Report on vaccination in Madras 1904-1921 - 1904-1921
Year: 1904
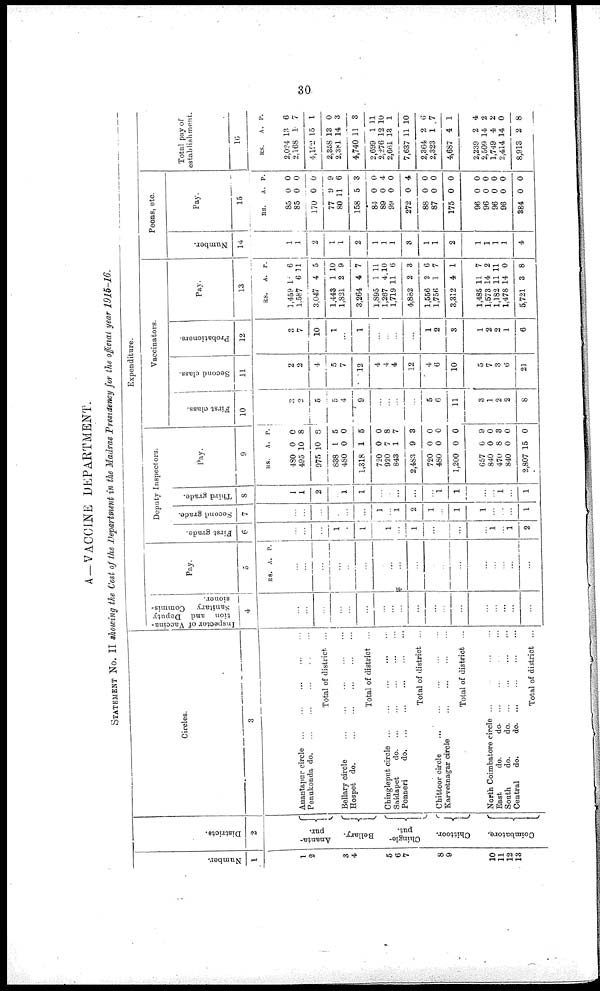
30
A—VACCINE DEPARTMENT.
STATEMENT No. II showing the Cost of the Department in the Madras Presidency for the official year 1915-16.
Number.
1
1
2
3
4
5
6
7
8
9
10
11
12
13
Districts.
2
Ananta-
pur.
Bellary.
Chingle-
put.
Chittoor.
Coimbatore.
Circles.
3
Anantapur circle ... ... ... ... ...
Penukonda do. ... ... ... ... ... ...
Total of district. ...
Bellary circle
...
...
...
...
...
Hospet do.
...
...
...
...
...
Total of district ...
Chingleput circle
...
...
...
...
...
Saidapet
do. ... ... ... ... ...
Ponneri
d
o
. ... ... ... ... ...
Total of district ...
Chittoor circle ... ... ... ... ...
Karvetnagar circle ... ... ... ...
Total of district ...
North Coimbatore circle
...
...
...
...
East
do.
d
o
. ... ... ... ...
South
do.
d
o
. ... ... ... ...
Central
do.
d
o
. ... ... ... ...
Total of district ...
Expenditure.
Inspector of Vaccina-
tion and Deputy
Sanitary Commis-
sioner.
4
...
...
...
...
...
...
...
...
...
...
...
...
...
...
...
...
...
...
Pay.
5
RS. A. P.
...
...
...
...
...
...
...
...
...
...
...
...
...
...
...
...
...
...
Deputy Inspectors.
First grade.
6
...
...
...
1
...
1
...
1
...
1
...
...
...
...
1
...
1
2
Second grade.
7
...
...
...
...
...
...
1
...
1
2
1
...
1
1
...
...
...
1
Third grade.
8
1
1
2
...
1
1
...
...
...
...
...
1
1
...
...
1
...
1
Pay.
9
RS.
480
495
975
838
480
1,318
720
920
843
2,483
720
480
1,200
657
840
470
840
2,807
A.
0
10
10
1
0
1
0
7
1
9
0
0
0
6
0
8
0
15
P.
0
8
8
5
0
5
0
8
7
3
0
0
0
9
0
3
0
0
Vaccinators.
First class.
10
3
2
5
5
4
9
...
...
...
...
5
6
11
3
1
2
2
8
Second class.
11
2
2
4
5
7
12
4
4
4
12
4
6
10
5
7
3
6
21
Probationers.
12
3
7
10
1
...
1
...
...
...
...
1
2
3
1
2
2
1
6
Pay.
13
RS.
1,459
1,587
3,047
1,443
1,821
3,264
1,895
1,267
1,719
4,882
1,556
1,756
3,312
1,485
1,573
1,182
1,478
5,721
A.
1
6
4
1
2
4
1
4
11
2
2
1
4
11
14
11
14
3
P.
6
11
5
10
9
7
11
10
6
3
6
7
1
7
2
11
0
8
Peons, etc.
Number.
14
1
1
2
1
1
2
1
1
1
3
1
1
2
1
1
1
1
4
Pay.
15
RS.
85
85
170
77
80
158
84
89
99
272
88
87
175
96
96
96
96
884
A.
0
0
0
9
11
5
0
0
0
0
0
0
0
0
0
0
0
0
P.
0
0
0
9
6
3
0
4
0
4
0
0
0
0
0
0
0
0
Total pay of
establishment.
16
RS.
2,024
2,168
4,192
2,358
2,381
4,740
2,699
2,276
2,661
7,637
2,364
2,323
4,687
2,239
2,509
1,749
2,414
8,913
A.
13
1
15
13
14
11
1
12
13
11
2
1
4
2
14
4
14
2
P.
6
7
1
0
3
3
11
10
1
10
6
7
1
4
2
2
0
8